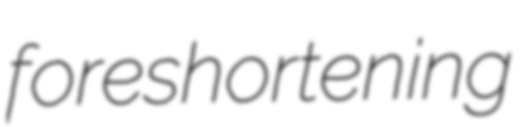
foreshortening